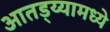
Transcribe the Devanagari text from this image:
आतड्य्यामध्ये